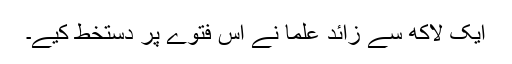
ایک لاکھ سے زائد علما نے اس فتوے پر دستخط کیے۔